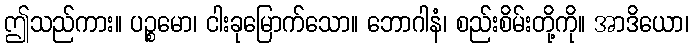
ဤသည်ကား။ ပဉ္စမော၊ ငါးခုမြောက်သော။ ဘောဂါနံ၊ စည်းစိမ်းတို့ကို။ အာဒိယော၊